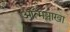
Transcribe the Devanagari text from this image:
आत्मश्लाखा